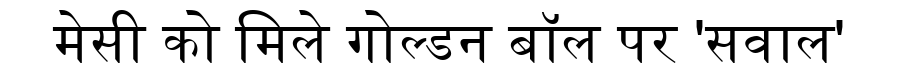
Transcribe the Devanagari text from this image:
मेसी को मिले गोल्डन बॉल पर 'सवाल'